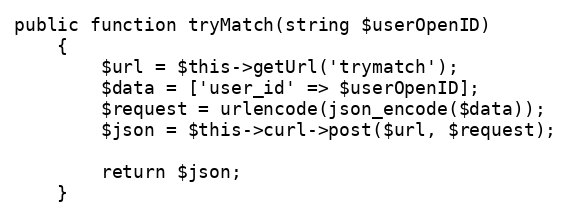
Language: PHP
public function tryMatch(string $userOpenID)
    {
        $url = $this->getUrl('trymatch');
        $data = ['user_id' => $userOpenID];
        $request = urlencode(json_encode($data));
        $json = $this->curl->post($url, $request);

        return $json;
    }